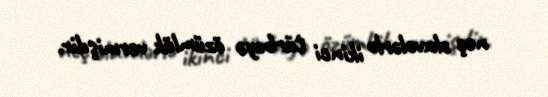
neç əlavələrlə ikinci türbəyə özümlük vermişdir.